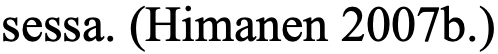
sessa. (Himanen 2007b.)